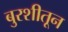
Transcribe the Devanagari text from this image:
बुरशीतून